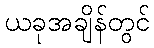
ယခုအချိန်တွင်